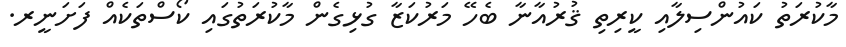
މާކުރަތުު ކައުންސިލާއި ކީރިތި ޤުރުއާނާ ބެހޭ މަރުކަޒާ ގުޅިގެން މާކުރަތުގައި ކޯސްތަކެއް ފަށަނީރ.